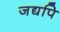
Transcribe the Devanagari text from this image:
जद्यपि